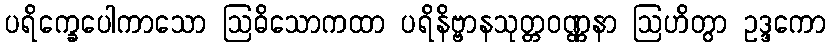
ပရိက္ခေပေါကာသော ဩဓိသောကထာ ပရိနိဗ္ဗာနသုတ္တဝဏ္ဏနာ ဩဟိတွာ ဥဒ္ဒကော